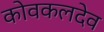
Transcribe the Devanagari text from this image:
कोवकलदेव